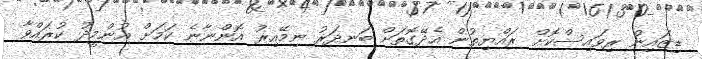
ޑިޒައިން ރިވައިސްކޮށް ރައްޔިތުން އެދޭގޮތަށް ބަނދަރު ނިމޭއިރު އޮންނާނެ ކަމަށް އުންމީދު ކުރައްވާ